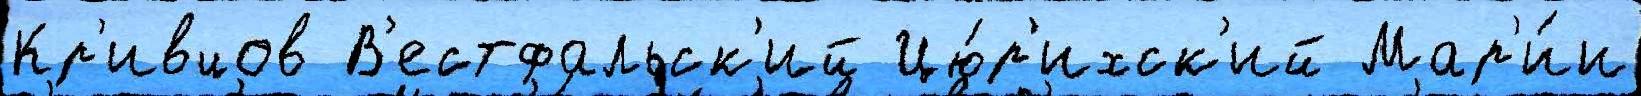
Кр'ивцов В'естфальск'ий Цю́р'ихск'ий Мар'и́и